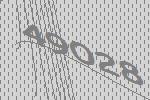
49028